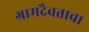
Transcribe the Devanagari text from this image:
ग्रामदैवताचा